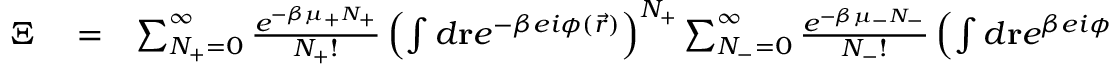
\begin{array} { r l r } { \Xi } & { { } = } & { \sum _ { N _ { + } = 0 } ^ { \infty } \frac { e ^ { - \beta \mu _ { + } N _ { + } } } { N _ { + } ! } \left( \int d \mathbf { r } e ^ { - \beta e i \phi ( \vec { r } ) } \right) ^ { N _ { + } } \sum _ { N _ { - } = 0 } ^ { \infty } \frac { e ^ { - \beta \mu _ { - } N _ { - } } } { N _ { - } ! } \left( \int d \mathbf { r } e ^ { \beta e i \phi ( \vec { r } ) } \right) ^ { N _ { - } } } \end{array}